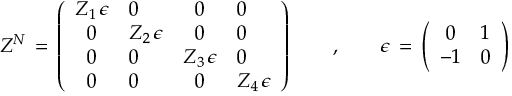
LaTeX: Z ^ { \cal N } \, = \, \left( \begin{array} { c l c l } { { Z _ { 1 } \, \epsilon } } & { { 0 } } & { { 0 } } & { { 0 } } \\ { { 0 } } & { { Z _ { 2 } \, \epsilon } } & { { 0 } } & { { 0 } } \\ { { 0 } } & { { 0 } } & { { Z _ { 3 } \, \epsilon } } & { { 0 } } \\ { { 0 } } & { { 0 } } & { { 0 } } & { { Z _ { 4 } \, \epsilon } } \end{array} \right) \qquad , \qquad \epsilon \, = \, \left( \begin{array} { c l } { { 0 } } & { { 1 } } \\ { { - 1 } } & { { 0 } } \end{array} \right)